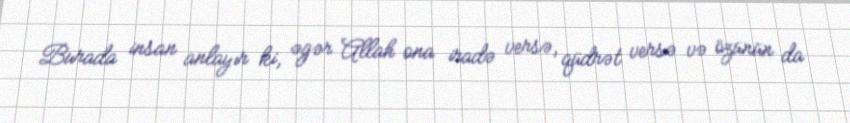
Burada insan anlayır ki, əgər Allah ona iradə versə, qüdrət versə və özünün da